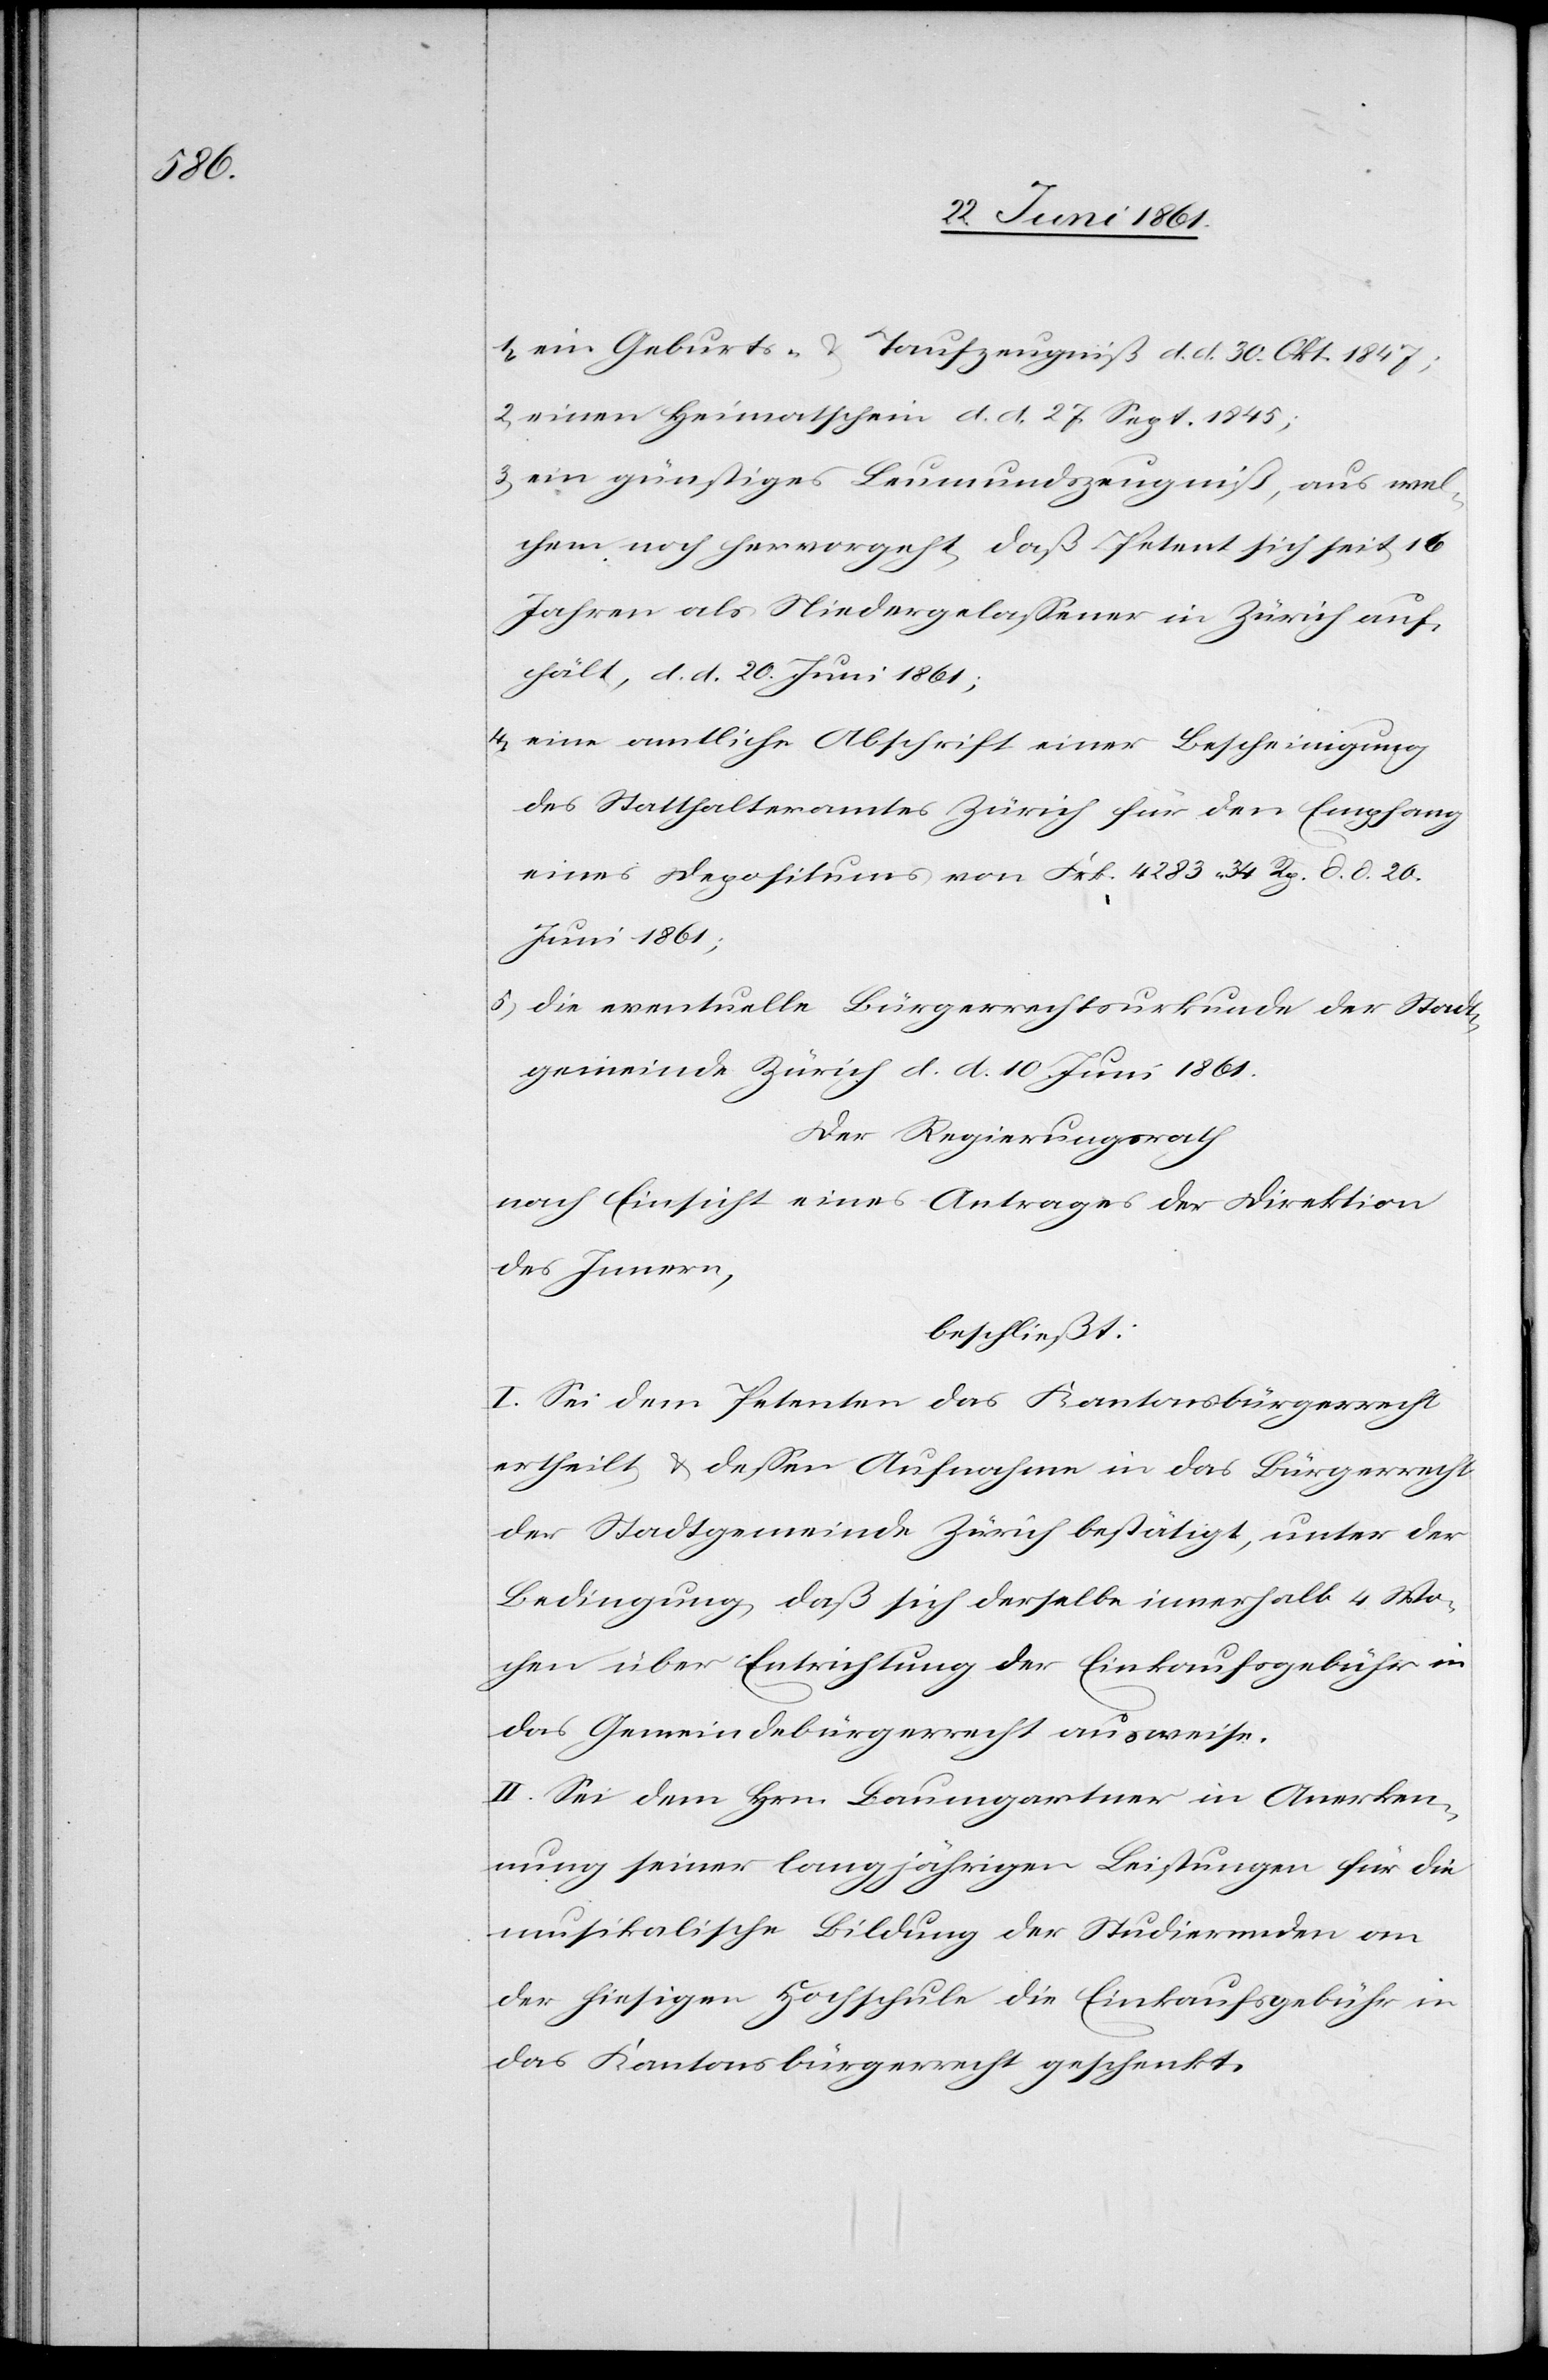
1) ein Geburts- u. Taufzeugniß d. d. 30. Okt.1847;
2) einen Heimatschein d. d. 27. Sept. 1845;
3) ein günstiges Leumundszeugniß, aus wel¬
chem noch hervorgeht, daß Petent sich seit 16
Jahren als Niedergelassener in Zürich auf¬
hält, d. d. 20. Juni 1861;
4) eine amtliche Abschrift einer Bescheinigung
des Statthalteramtes Zürich für den Empfang
eines Depositums von Frk. 4283 34 Rp. d. d. 20.
Juni 1861;
5) die eventuelle Bürgerrechtsurkunde der Stadt¬
gemeinde Zürich d. d. 10. Juni 1861.
Der Regierungsrath
nach Einsicht eines Antrages der Direktion
des Innern,
beschließt:
I. Sei dem Petenten das Kantonsbürgerrecht
ertheilt u. dessen Aufnahme in das Bürgerrecht
der Stadtgemeinde Zürich bestätigt, unter der
Bedingung, daß sich derselbe innerhalb 4 Wo¬
chen über Entrichtung der Einkaufsgebühr in
das Gemeindebürgerrecht ausweise.
II. Sei dem Hrn. Baumgartner in Anerken¬
nung seiner langjährigen Leistungen für die
musikalische Bildung der Studierenden an
der hiesigen Hochschule die Einkaufsgebühr in
das Kantonsbürgerrecht geschenkt.